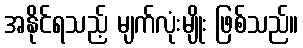
အနိုင်ရသည့် မျက်လုံးမျိုး ဖြစ်သည်။